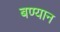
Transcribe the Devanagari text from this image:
बण्यान